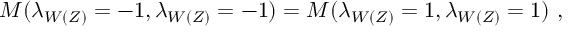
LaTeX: M ( \lambda _ { W ( Z ) } = - 1 , \lambda _ { W ( Z ) } = - 1 ) = M ( \lambda _ { W ( Z ) } = 1 , \lambda _ { W ( Z ) } = 1 ) ~ ,